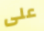
على